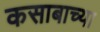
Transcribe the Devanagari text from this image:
कसाबाच्या